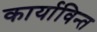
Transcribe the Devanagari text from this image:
कार्याविन्त